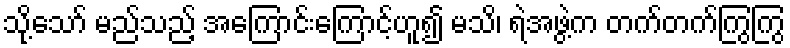
သို့သော် မည်သည့် အကြောင်းကြောင့်ဟူ၍ မသိ၊ ရဲအဖွဲ့က တက်တက်ကြွကြွ